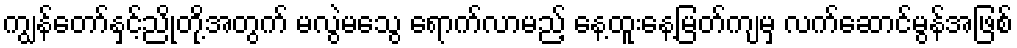
ကျွန်တော်နှင့်ညိုတို့အတွက် မလွဲမသွေ ရောက်လာမည့် နေ့ထူးနေ့မြတ်ကျမှ လက်ဆောင်မွန်အဖြစ်